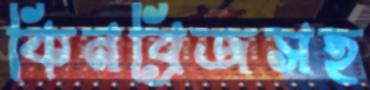
কিনব্রিজসহ